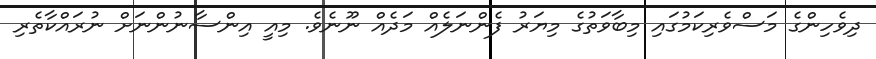
ދިވެހިންގެ މަސްވެރިކަމުގައި މިބާވަތުގެ މިޔަރު ފެންނަލެއް މަދެއް ނޫނެވެ. މިއީ އިންސާނުންނަށް ނުރައްކާތެރި